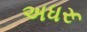
અધરૂ